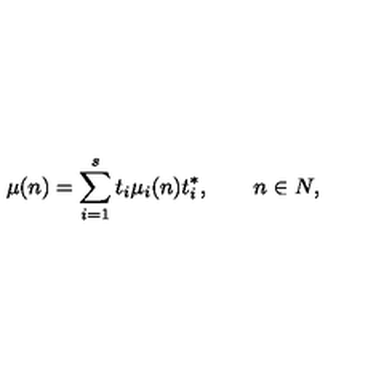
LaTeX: \mu ( n ) = \sum _ { i = 1 } ^ { s } t _ { i } \mu _ { i } ( n ) t _ { i } ^ { * } , \qquad n \in N ,